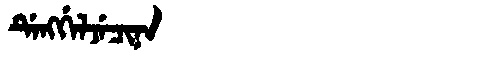
Manchu: ᡩᡝᠩᡤᡝᠯᠵᡝᠴᡳᠨᠠ
Romanization: DENGGELJECINA